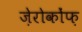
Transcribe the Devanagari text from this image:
ज़ेरोकोंफ़